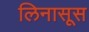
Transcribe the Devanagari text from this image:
लिनासूस